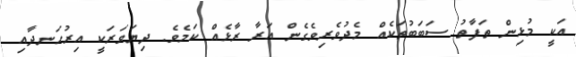
އަކީ މުޅިން ތަފާތު ސަބަބުތަކެއް މެދުވެރިވެގެން އަރާ ރާޅެއް ކަމެވެ. ދިޔަވަރަކީ އިރުހަނދާއި